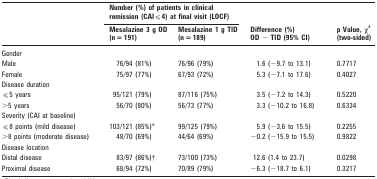
<table><thead><tr><td></td><td colspan="2"><b>Number (%) of patients in clinical remission (CAI⩽4) at final visit (LOCF)</b></td><td></td><td></td></tr><tr><td></td><td><b>Mesalazine 3 g OD (n = 191)</b></td><td><b>Mesalazine 1 g TID (n = 189)</b></td><td><b>Difference (%) OD − TID (95% CI)</b></td><td><b>p Value, χ<sup>2</sup> (two-sided)</b></td></tr></thead><tbody><tr><td>Gender</td><td></td><td></td><td></td><td></td></tr><tr><td>Male</td><td>76/94 (81%)</td><td>76/96 (79%)</td><td>1.6 (−9.7 to 13.1)</td><td>0.7717</td></tr><tr><td>Female</td><td>75/97 (77%)</td><td>67/93 (72%)</td><td>5.3 (−7.1 to 17.6)</td><td>0.4027</td></tr><tr><td>Disease duration</td><td></td><td></td><td></td><td></td></tr><tr><td>⩽5 years</td><td>95/121 (79%)</td><td>87/116 (75%)</td><td>3.5 (−7.2 to 14.3)</td><td>0.5220</td></tr><tr><td>&gt;5 years</td><td>56/70 (80%)</td><td>56/73 (77%)</td><td>3.3 (−10.2 to 16.8)</td><td>0.6334</td></tr><tr><td>Severity (CAI at baseline)</td><td></td><td></td><td></td><td></td></tr><tr><td>⩽8 points (mild disease)</td><td>103/121 (85%)*</td><td>99/125 (79%)</td><td>5.9 (−3.6 to 15.5)</td><td>0.2255</td></tr><tr><td>&gt;8 points (moderate disease)</td><td>48/70 (69%)</td><td>44/64 (69%)</td><td>−0.2 (−15.9 to 15.5)</td><td>0.9822</td></tr><tr><td>Disease location</td><td></td><td></td><td></td><td></td></tr><tr><td>Distal disease</td><td>83/97 (86%)†</td><td>73/100 (73%)</td><td>12.6 (1.4 to 23.7)</td><td>0.0298</td></tr><tr><td>Proximal disease</td><td>68/94 (72%)</td><td>70/89 (79%)</td><td>−6.3 (−18.7 to 6.1)</td><td>0.3217</td></tr></tbody></table>